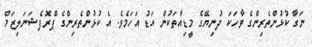
ނަގާ ކުޅުންތެރިންގެ ވާހަކަ ދުނިޔޭގެ މީޑިއާތަކުން އަޑު އަހަމެވެ. އެ ކުޅުންތެރިންގެ ޕްރޮފެޝަނަލިޒަމް